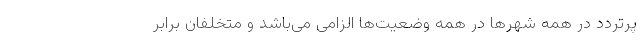
پرتردد در همه شهرها در همه وضعیت‌ها الزامی می‌باشد و متخلفان برابر